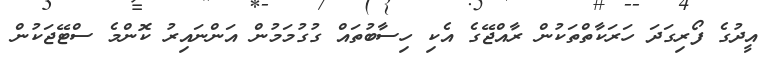
އީދުގެ ފޯރިގަދަ ހަރަކާތްތަކުން ރާއްޖޭގެ އެކި ހިސާބުތައް ގުގުމަމުން އަންނައިރު ކޮންމެ ސްޓޭޖަކުން